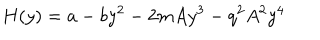
LaTeX: H ( y ) = a - b y ^ { 2 } - 2 m A y ^ { 3 } - q ^ { 2 } A ^ { 2 } y ^ { 4 }